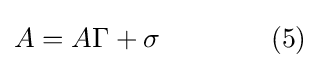
A=A\Gamma +\sigma \qquad \qquad (5)